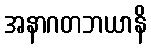
အနာဂတဘယာနိ